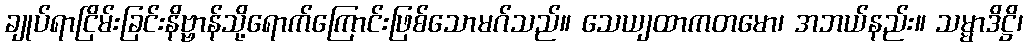
ချုပ်ရာငြိမ်းခြင်းနိဗ္ဗာန်သို့ရောက်ကြောင်းဖြစ်သောမဂ်သည်။ သေယျထာကတမော၊ အဘယ်နည်း။ သမ္မာဒိဋ္ဌိ၊